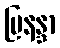
မြနန္ဒာ